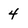
Character: 4